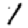
Digit: 1